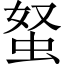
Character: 𧉭